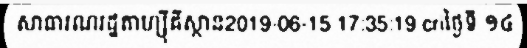
សាធារណរដ្ឋតាហ្ស៊ីគីស្ថាន2019-06-15 17:35:19 criថ្ងៃទី ១៤